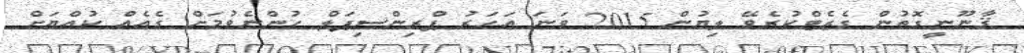
ޤާނޫނީގޮތުން ގެޒެޓްކުރެވޭ ލިޔުން 2015 ވަނަ އަހަރު ޕްރިންސިޕަލް ހުންނެވުމަށް ގެއެއް ކުއްޔަށް